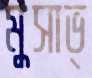
মুসাভ্